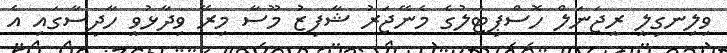
ވިލިނގިލީ ރީޖަނަލް ހޮސްޕިޓަލުގެ މެނޭޖަރު ޝާފިޒު މޫސާ މިރޭ ވިދާޅުވީ ހާދިސާގައި އެ